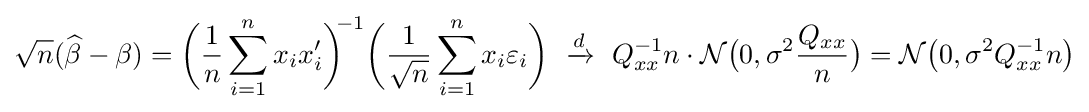
{\sqrt {n}}({\widehat {\beta }}-\beta )={\bigg (}{\frac {1}{n}}\sum _{i=1}^{n}x_{i}x'_{i}{\bigg )}^{\!\!-1}{\bigg (}{\frac {1}{\sqrt {n}}}\sum _{i=1}^{n}x_{i}\varepsilon _{i}{\bigg )}\ \xrightarrow {d} \ Q_{xx}^{-1}n\cdot {\mathcal {N}}{\big (}0,\sigma ^{2}{\frac {Q_{xx}}{n}}{\big )}={\mathcal {N}}{\big (}0,\sigma ^{2}Q_{xx}^{-1}n{\big )}